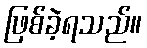
ဖြစ်ခဲ့ရသည်။